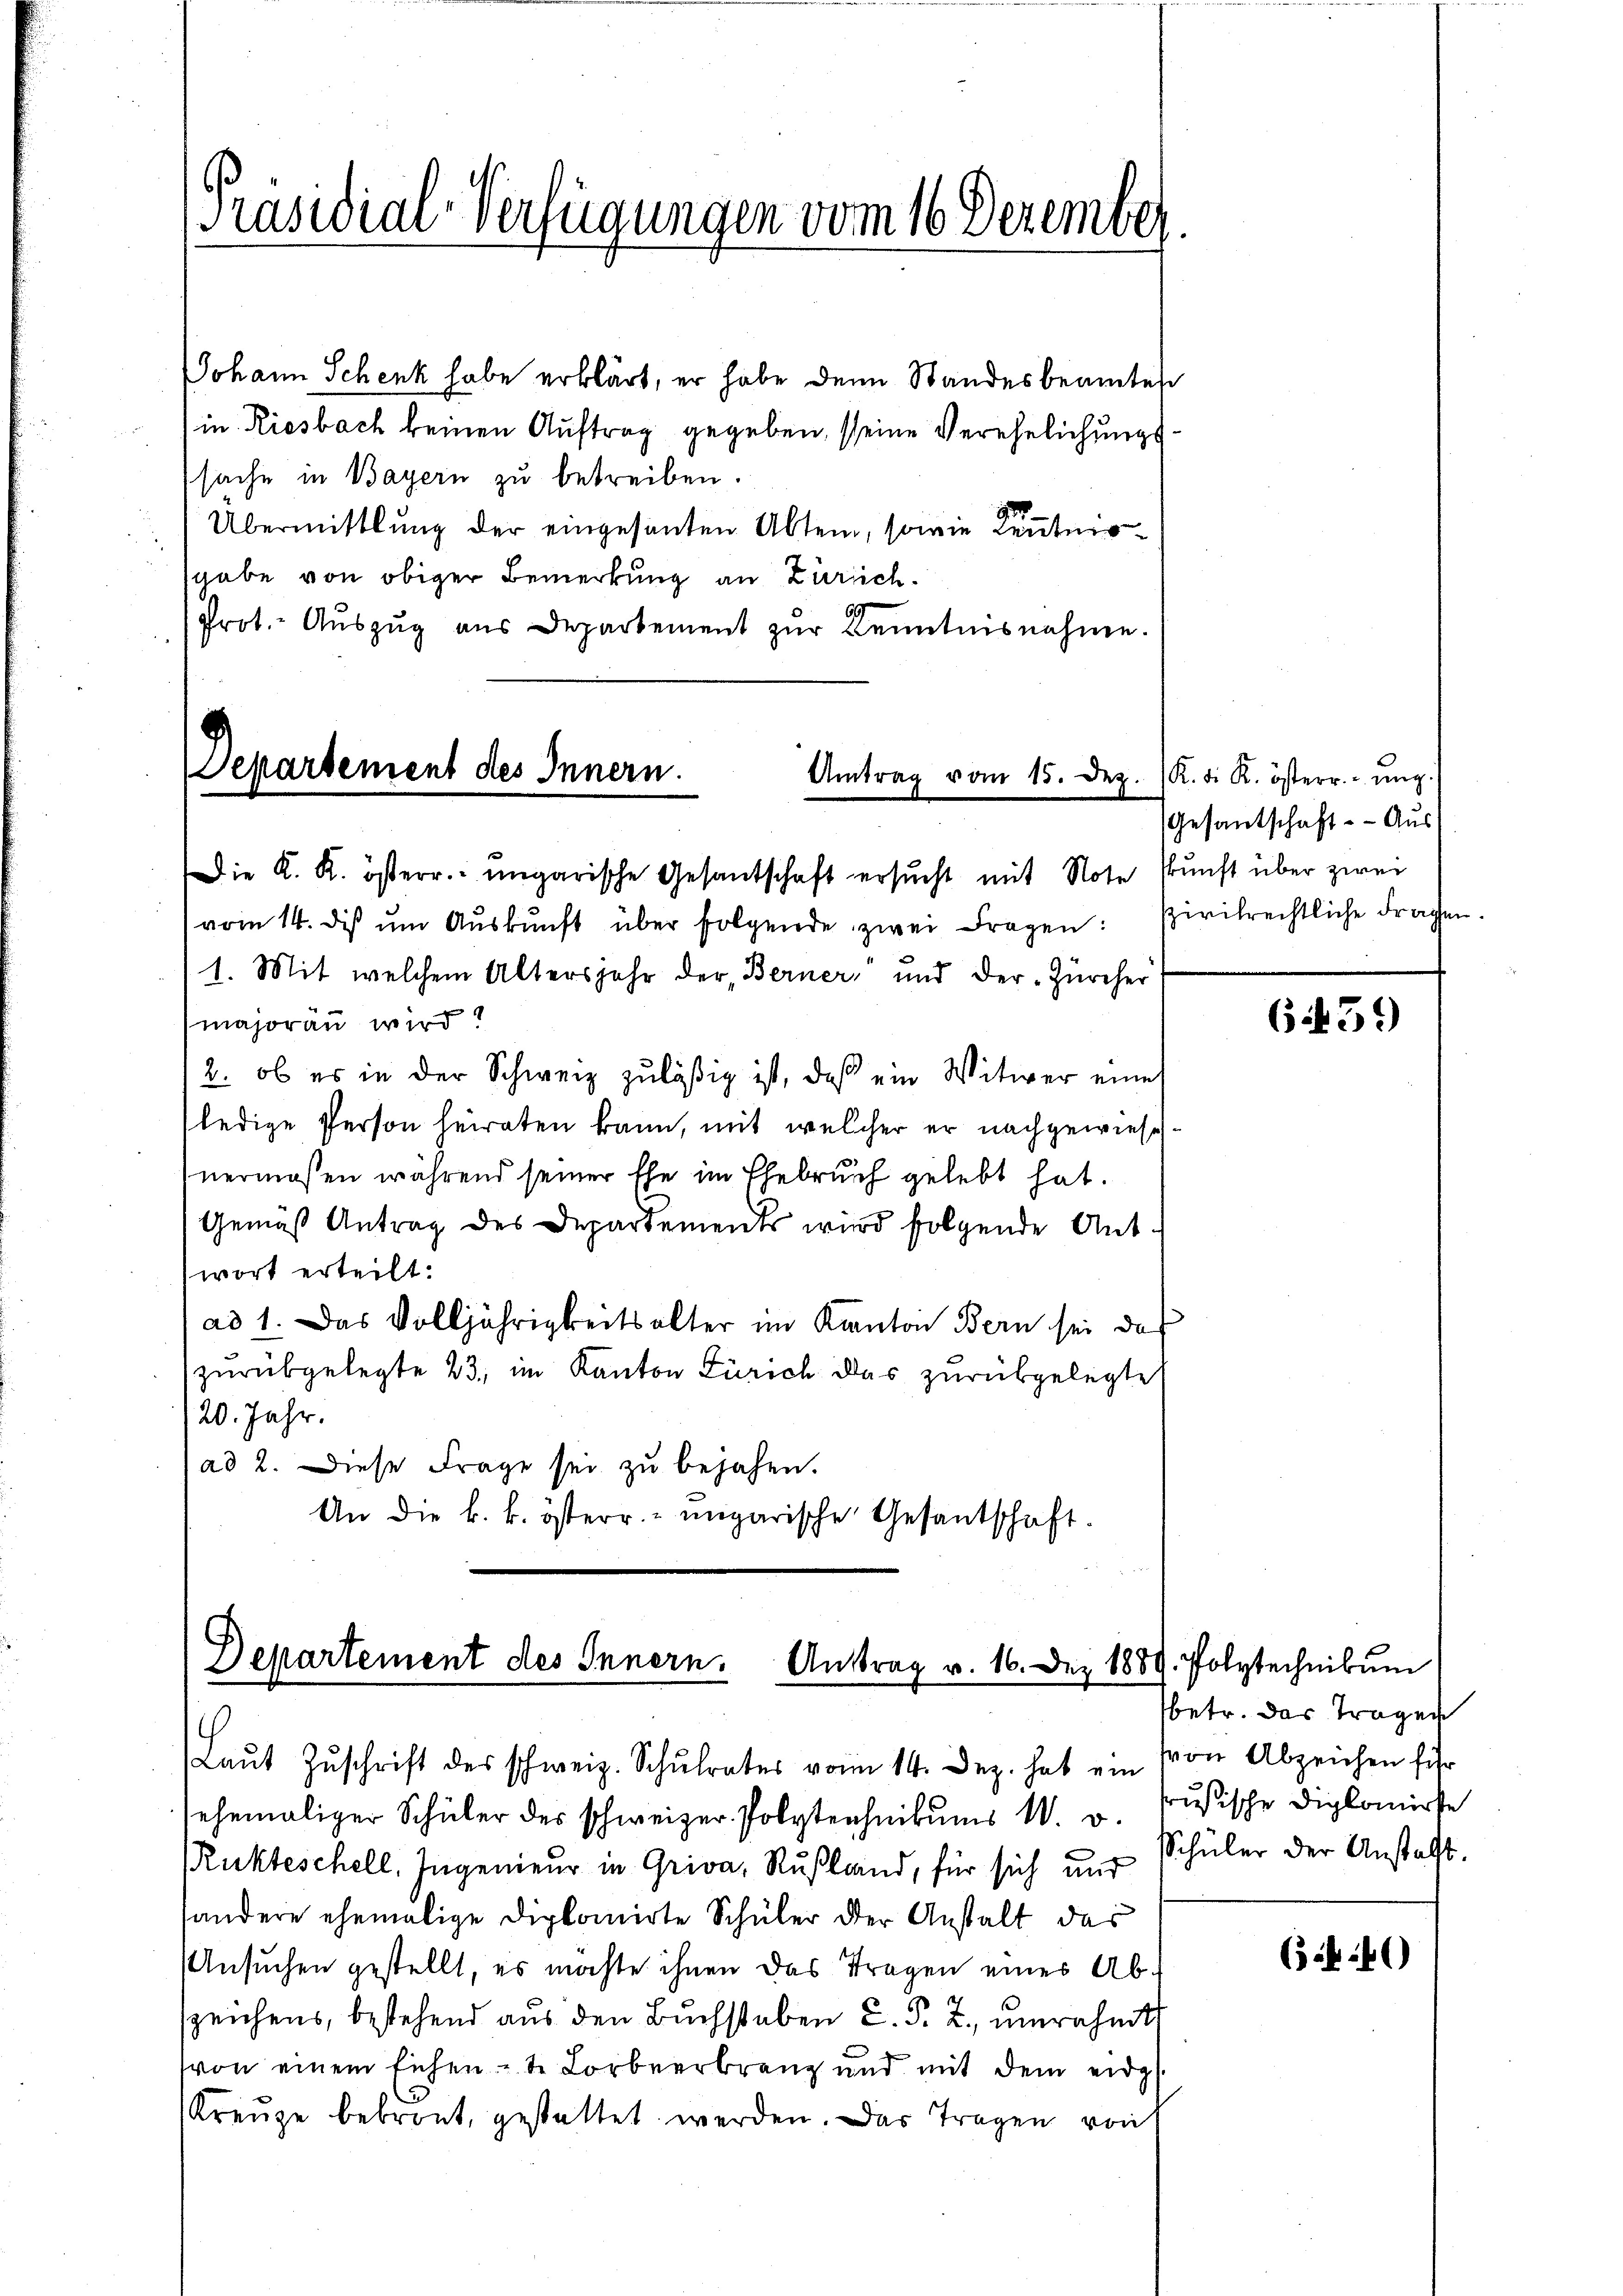
Johann Schenk habe erklärt, er habe denn Standesbeamtes
in Riesbach keinen Auftrag gegeben, seine Verehelichungssache in Bayern zu betreiben.
Übermittlung der eingesanten Abtei, sowie Kentmosgabe von obiger Bemerkung an Zürich.
Prot. Auszug aus Departement zur Kenntnisnahme.

Präsidial-Verfügungen vom 16. Dezember

Departement des Innern.
Amtrag vom 15. Dez.

Die K. K. österr. ungarische Gesantschaft ersucht mit Note Prunft über zwei
vom 14. dis ŭm Aŭskŭnft über folgende zwei Fragen:
1. Mit welchem Altersjahr der Berner, und der Zürcher
majoran wird!
2. ob es in der Schweiz zuläßig ist, daß ein Witwer eines
ledige Person heiraten kann, mit welcher er nachgewiesen.
nermaßen während seiner Ehe im Ehebruch gelebt hat.
Gemäß Antrag des Departements wird folgende Antwort erteilt.
ad 1. Das Volljährigkeitsalter im Kanton Bern sei das
zurükgelegte 23, im Kanton Zürich das zurükgelegte
120. Jahr.
(ad 2. Diese Frage sei zu bejahen.
An die k. k. österr. ungarische Gesantschaft.

Departement des Innern. Antrag v. 16. Dez. 1889. Polytechnikum

sandere ehemalige Diplomirte Schüler der Anstalt das
Ansuchen gestellt, es möchte ihnen das Tragen eines Abszeichens, bestehend aus den Buchstaben C. R. Z., umrahmt
von einem Eichent Lorbeerbrang und mit dem eidg.
Kreuze bebront, gestattet werden. Das Tragen vot

(Laŭt Zŭschrift des schweiz. Schŭlrates vom 14. Dez. hat ein von Abzeichen führ
ehemaliger Schüler des schweizer Polytechnikums W. v. Prusische Diplomirse
Rukteschell. Ingenieur in Griva, Rußland, für sich und

K. Die K. österr. ung.
Gesantschaft. - Aus
szivilrechtliche Fragen

659)

betr. das Tragen
Schüler der Anstalt.

(4.40)